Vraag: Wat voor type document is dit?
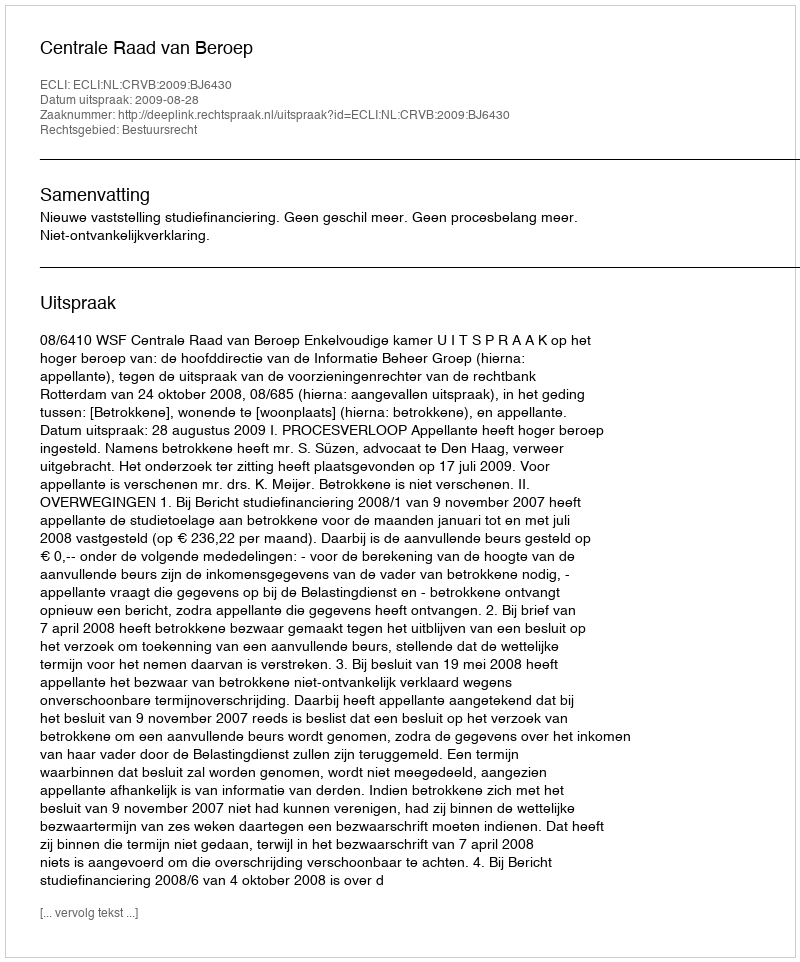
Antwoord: Uitspraak